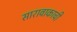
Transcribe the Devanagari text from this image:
सारावाकाची